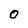
Character: O